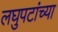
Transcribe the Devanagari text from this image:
लघुपटांच्या